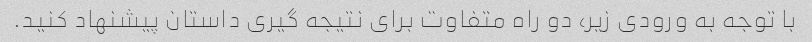
با توجه به ورودی زیر، دو راه متفاوت برای نتیجه گیری داستان پیشنهاد کنید.